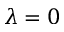
\lambda = 0